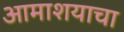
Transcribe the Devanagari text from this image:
आमाशयाचा